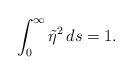
LaTeX: \begin{align*}\int_0^\infty \tilde\eta^2\,ds=1.\end{align*}